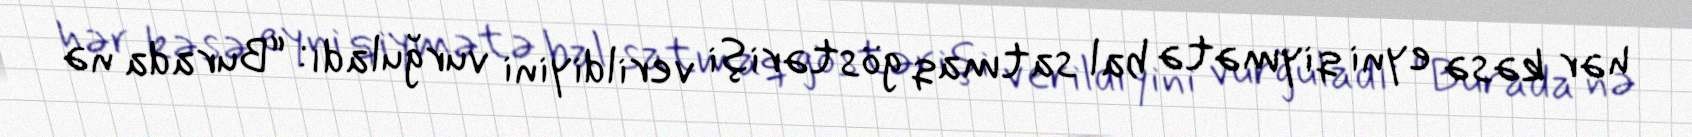
hər kəsə eyni qiymətə bal satmaq göstərişi verildiyini vurğuladı: “Burada nə